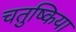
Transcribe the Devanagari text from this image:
चतुष्किया